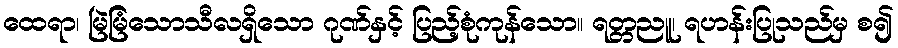
ထေရာ၊ မြဲမြံသောသီလရှိသော ဂုဏ်နှင့် ပြည့်စုံကုန်သော။ ရတ္တညူ၊ ရဟန်းပြုသည်မှ စ၍